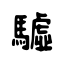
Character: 驉